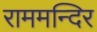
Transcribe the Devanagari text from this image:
राममन्दिर